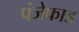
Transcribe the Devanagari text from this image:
पंजेफाड